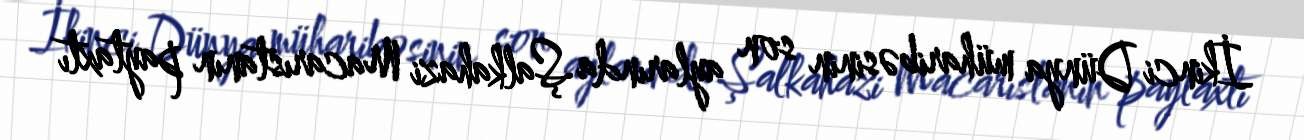
İkinci Dünya müharibəsinin son aylarında Şalkahazi Macarıstanın paytaxtı